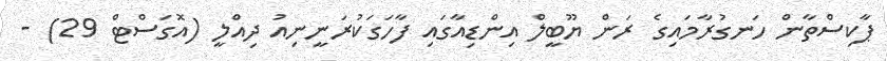
ޕާކިސްތާން ހަނގުރާމައިގެ ރަން ޔޫބީލް އިންޑިއާގައި ފާހަގަކުރަނީނިއު ދިއްލީ (އޮގަސްޓް 29) -